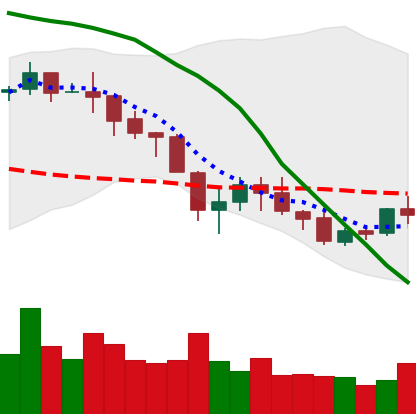
Ticker: NEO-USD
Chart end date: 2018-05-21
Forward return: -16.326%
Label: down_7plus